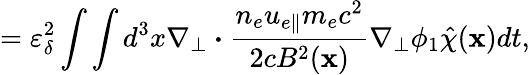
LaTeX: =\varepsilon_{\delta}^{2}\int\int d^{3}x\nabla_{\perp}\boldsymbol{\cdot}\frac{n_{e}u_{e\parallel}m_{e}c^{2}}{2cB^{2}(\textbf{x})}\nabla_{\perp}\phi_{1}\hat{\chi}(\textbf{x})dt,